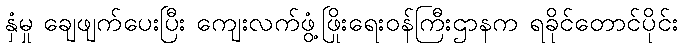
နှံမှု ချေဖျက်ပေးပြီး ကျေးလက်ဖွံ့ဖြိုးရေးဝန်ကြီးဌာနက ရခိုင်တောင်ပိုင်း